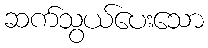
ဆက်သွယ်ပေးသော